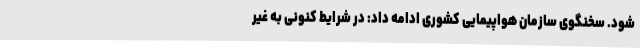
شود. سخنگوی سازمان هواپیمایی کشوری ادامه داد: در شرایط کنونی به غیر